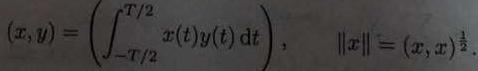
$(x,y)=\left(\int_{-T/2}^{T/2} x(t)y(t)\mathrm{d}t\right),\quad \|x\|=(x,x)^{\frac{1}{2}}.$